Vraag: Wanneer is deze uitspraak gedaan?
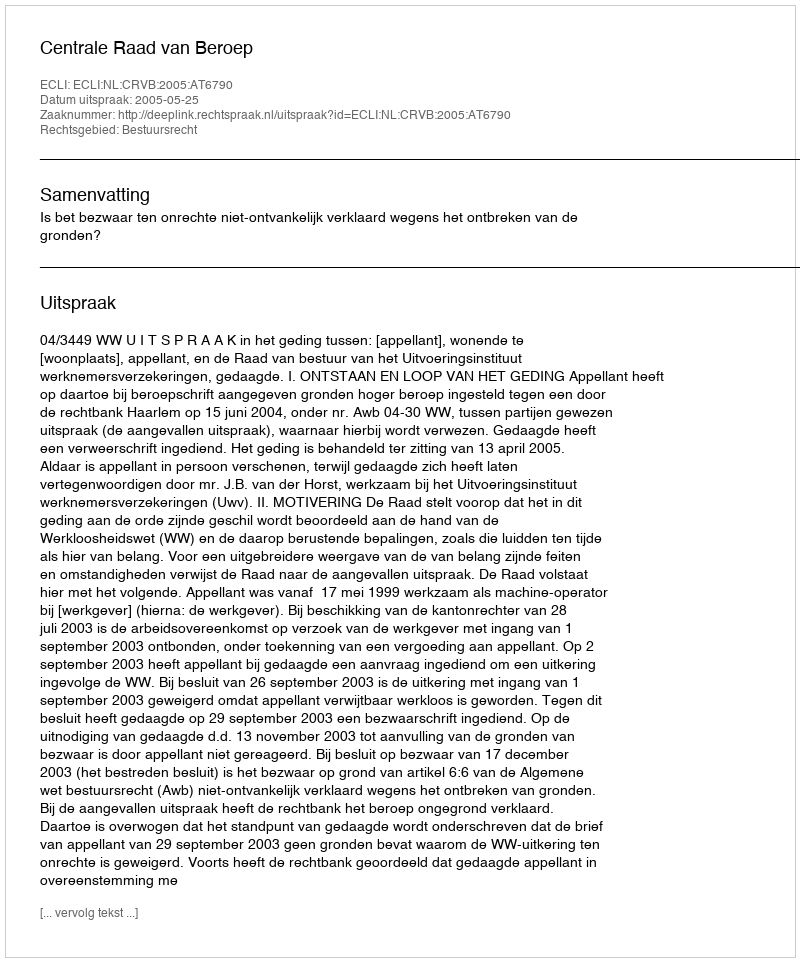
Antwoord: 2005-05-25